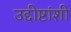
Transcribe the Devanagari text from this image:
उद्दीष्टांशी